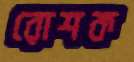
রোশক